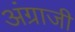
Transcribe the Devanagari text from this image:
अंग्राजी